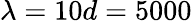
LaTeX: \lambda=10d=5000